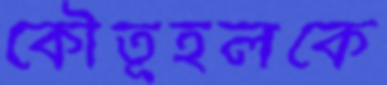
কৌতূহলকে